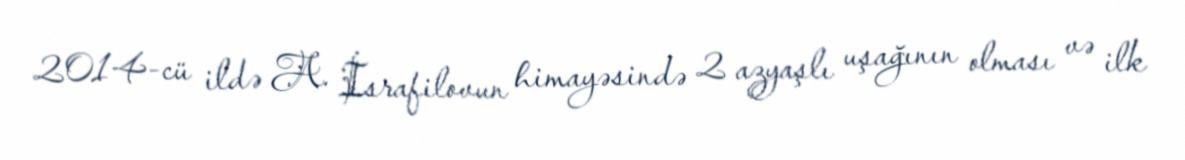
2014-cü ildə A. İsrafilovun himayəsində 2 azyaşlı uşağının olması və ilk